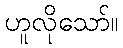
ဟူလိုသော်။